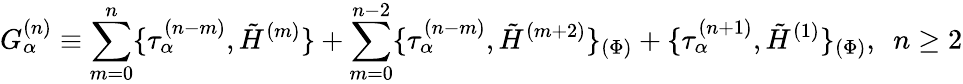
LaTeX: G_{\alpha}^{(n)}\equiv\sum_{m=0}^{n}\{ \tau_{\alpha}^{(n-m)},\tilde{H}^{(m)}\} +\sum_{m=0}^{n-2}\{ \tau_{\alpha}^{(n-m)},\tilde{H}^{(m+2)}\} _{(\Phi)}+\{ \tau_{\alpha}^{(n+1)},\tilde{H}^{(1)}\} _{(\Phi)},~~n\geq 2